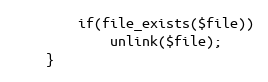
Language: PHP
        if(file_exists($file))
            unlink($file);
    }